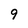
Character: 9